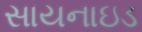
સાયનાઇડ